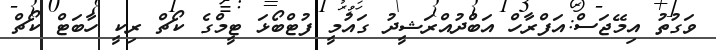
ވަގުތު އިމޭޖަސް:އަފްރާހް އަބްދުއްރަޝީދު ގައުމީ ފުޓްބޯޅަ ޓީމްގެ ކޯޗް ރިކީ ހާބަޓް ކޯޗް